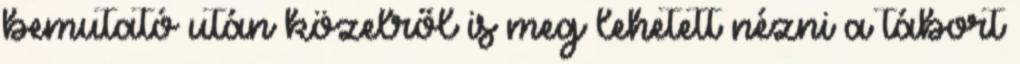
bemutató után közelről is meg lehetett nézni a tábort